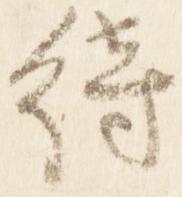
待